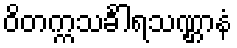
ဝိတက္ကသင်္ခါရသဏ္ဌာနံ